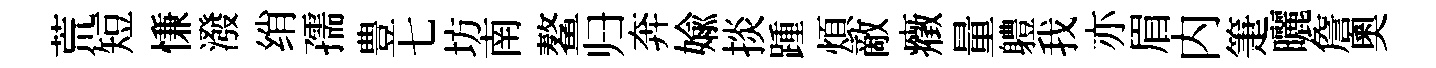
荒短慊潑绡孺豊七坊南鳌归奔媮掞踵煩敵癥量軆我亦眉内箑曬詹奧